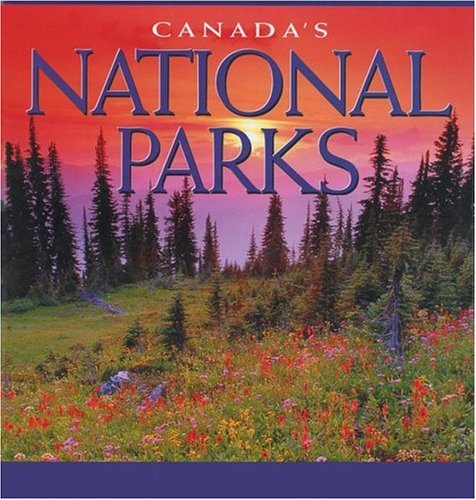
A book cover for Canada's National Parks (Canada Series); Tanya Lloyd Kyi; Travel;